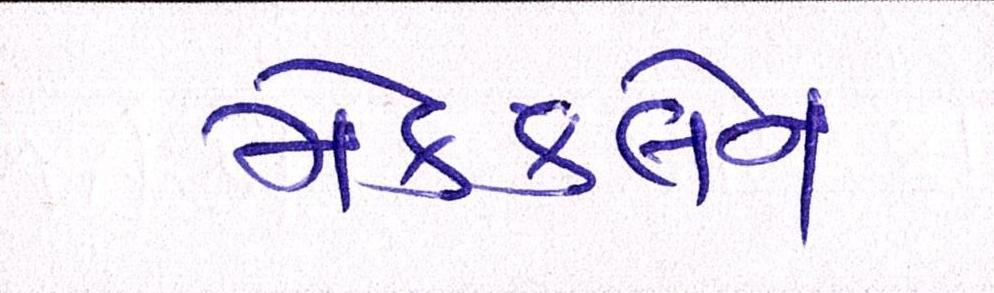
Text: મેકક્લેન